V__Kingissepa_nim__kolhoos, lk 40
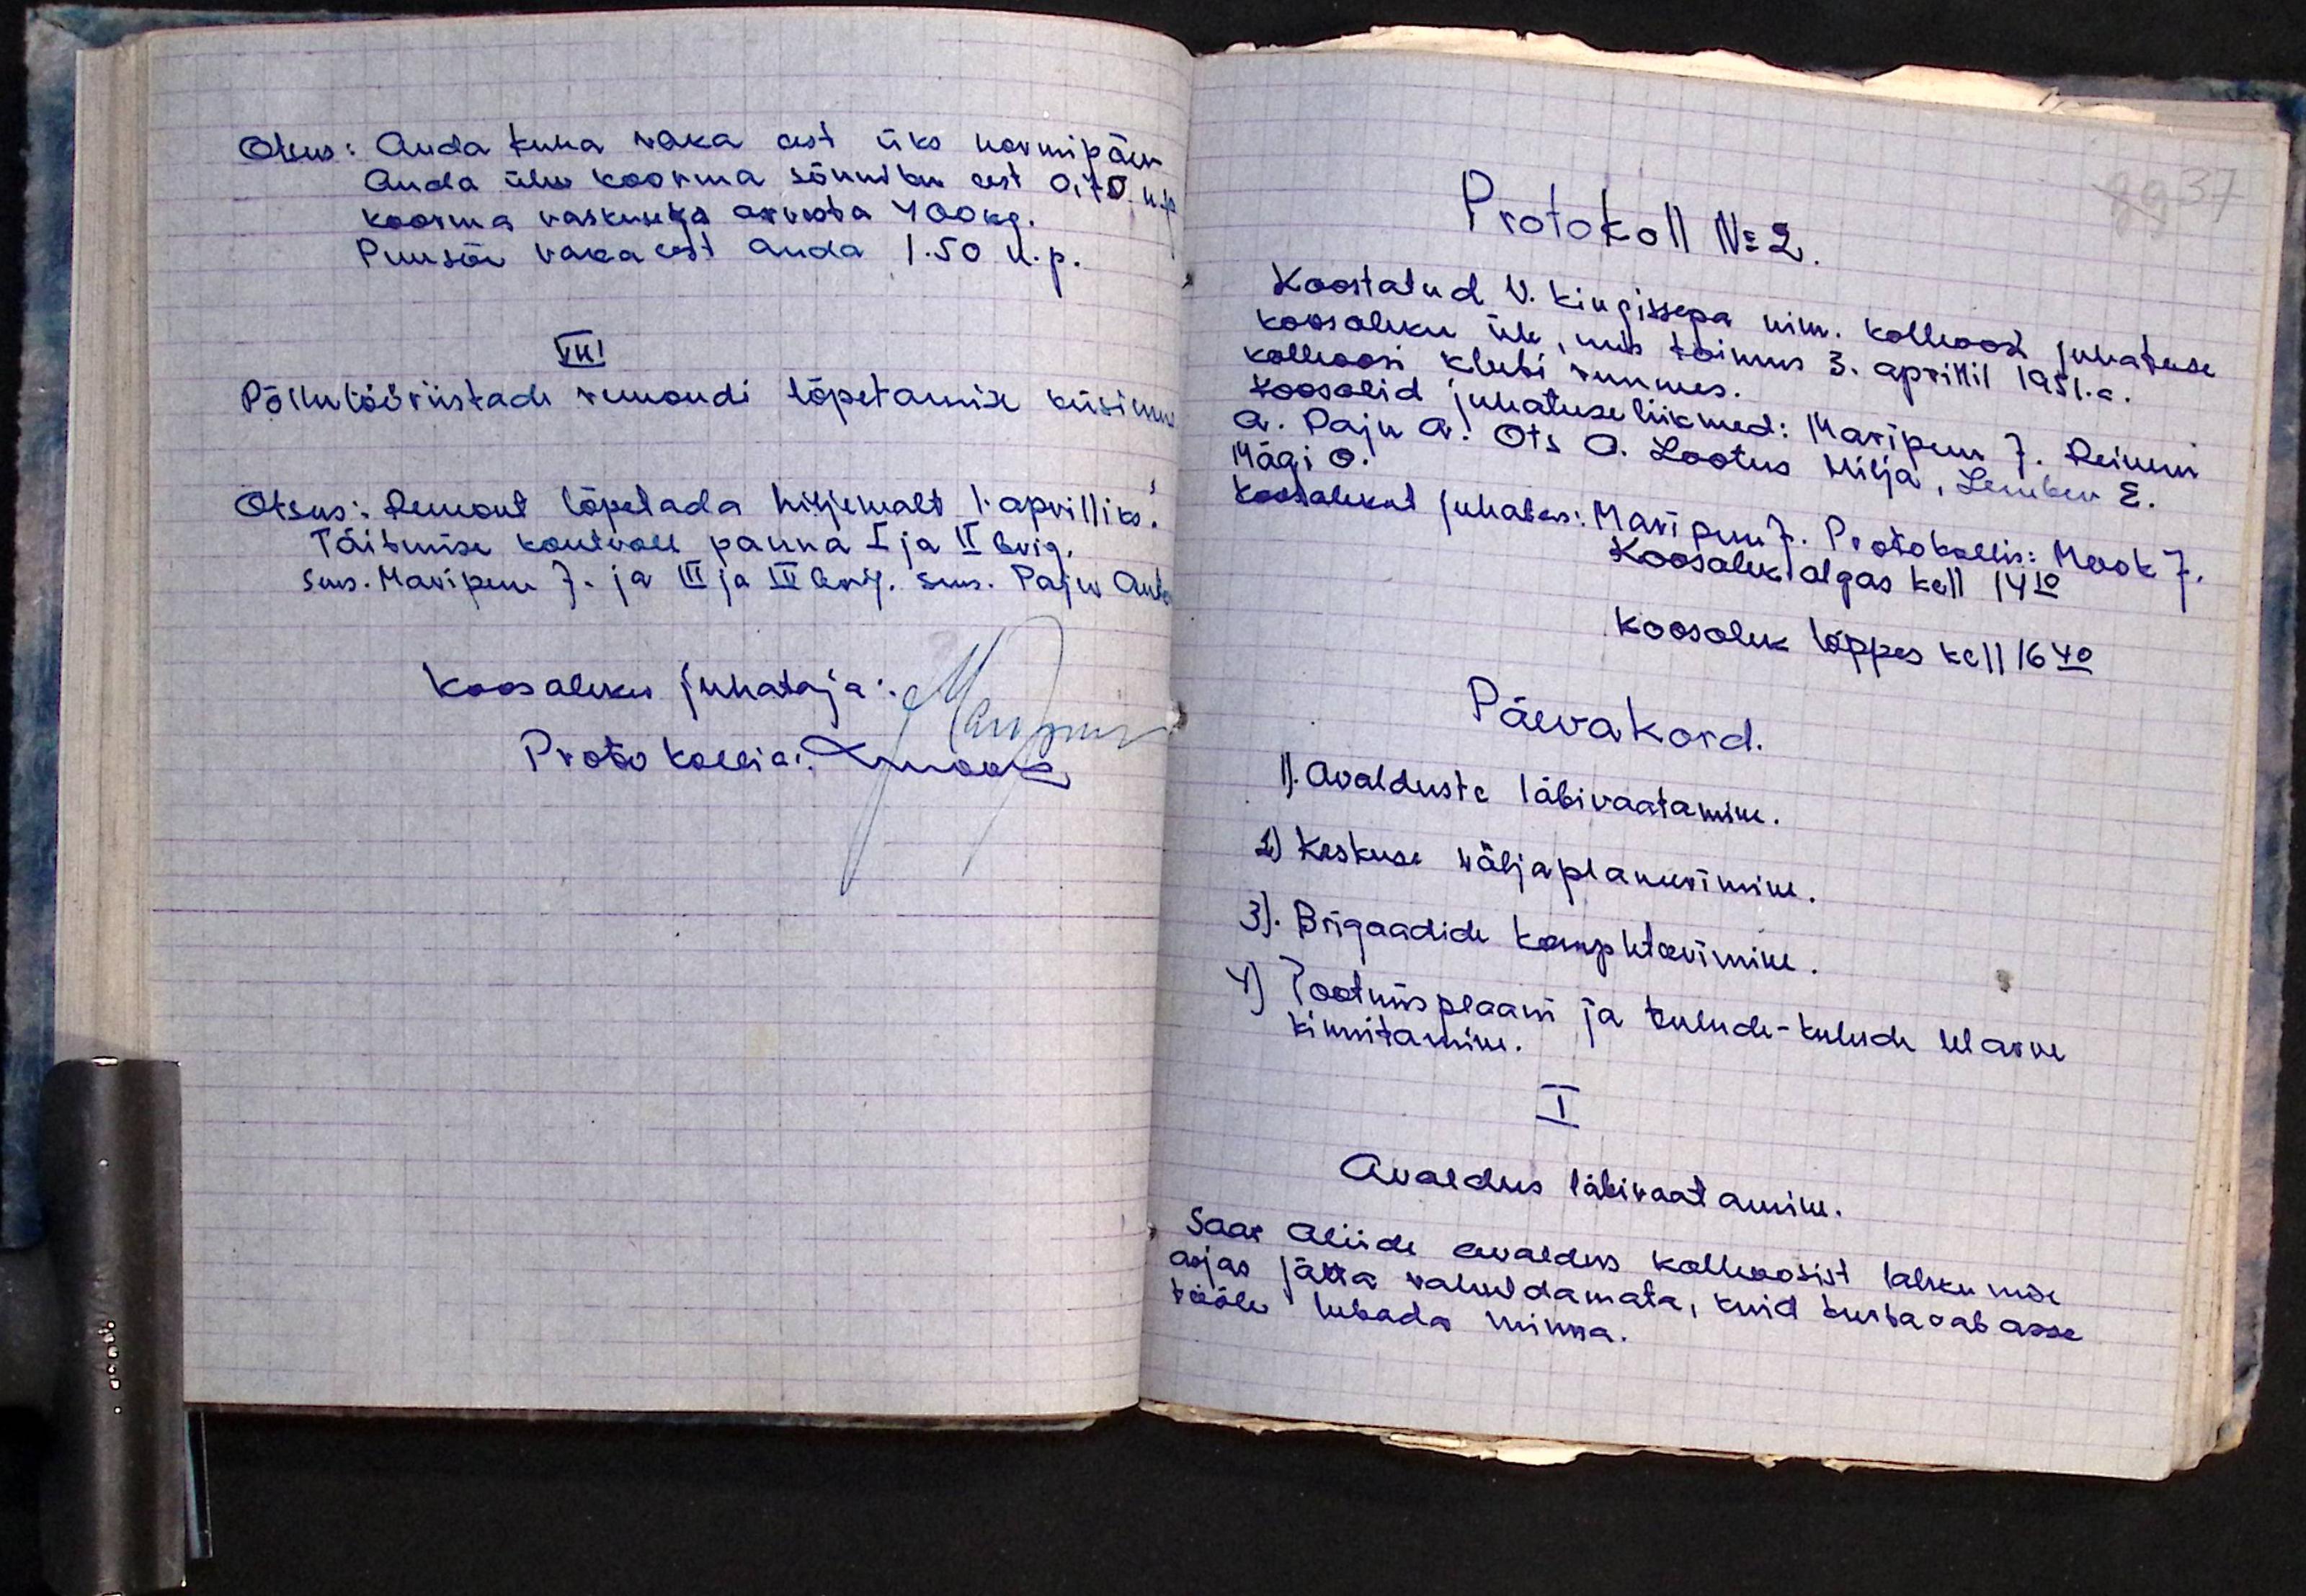
Otsus: Anda kuna vaka eest üks normipäev
Anda ühe koorma sõnniku eest 0,70 k.p.
Koorma raskusega arvesta 400 kg.
Puusöe vaka eest anda 1.50 k.p.
VIII
Põllutööriistade remondi lõpetamise küsimus
Otsus: Remont lõpetada hiljemalt 1.aprillks.
Täitmise kontroll panna I ja II brig.
Sms. Maripuu J. ja III ja IV brig. sms. Paju Anto
Koosoleku juhataja:
Maripuu
Protokollia: Mook

Protokoll No 2
Koostatud V. Kingissepa nim. kolhoosi juhatuse
koosoleku üle, mis toimus 3. aprillil 1951.a.
kolhoosi klubi ruumes.
Koos olid juhatuse liikmed: Maripuu J. Reinem
A. Paju A. Ots O. Lootus Hilja, Lember E.
Mägi O.
Koosolekut juhatas: Maripuu J. Protokollis: Mook J.
Koosolek algas kell 14.10
Koosolek lõppes kell 16.40
Päevakord.
1). Avalduste läbivaatamine.
2) Keskuse väljaplaneerimine.
3). Brigaadide kompkteerimine.
4) Tootmis plaani ja tulude-kulude eelarve
kinnitamine.
I
Avaldus läbivaatamine.
Saar Aliide avaldus kolhoosist lahkumise
asjas jätta rahuldamata, kuid turbarabasse
tööle lubada minna.